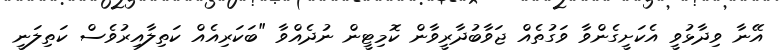
އޭނާ ވިދާޅުވީ އެކަށީގެންވާ ވަގުތެއް ޖަވާބުދާރީވާން ކޮމިޓީން ނުދެއްވާ "ބަކަރިއެއް ކަތިލާއިރުވެސް ކަތިލަނީ